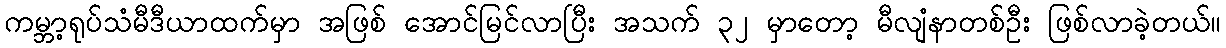
ကမ္ဘာ့ရုပ်သံမီဒီယာထက်မှာ အဖြစ် အောင်မြင်လာပြီး အသက် ၃၂ မှာတော့ မီလျံနာတစ်ဦး ဖြစ်လာခဲ့တယ်။